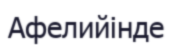
Афелийінде